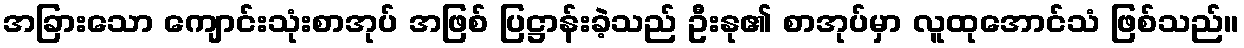
အခြားသော ကျောင်းသုံးစာအုပ် အဖြစ် ပြဋ္ဌာန်းခဲ့သည် ဦးနု၏ စာအုပ်မှာ လူထုအောင်သံ ဖြစ်သည်။